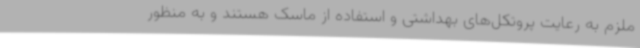
ملزم به رعایت پروتکل‌های بهداشتی و استفاده از ماسک هستند و به منظور